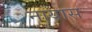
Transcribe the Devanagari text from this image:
नायास